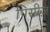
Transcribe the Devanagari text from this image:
पिसीज़